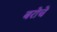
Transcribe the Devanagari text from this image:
बरोचे